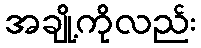
အချို့ကိုလည်း